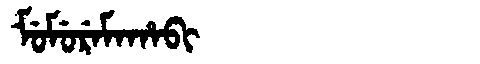
Manchu: ᠮᡠᠮᡠᡵᡝᠮᠠᡥᠠᠪᡳ
Romanization: MUMUREMAHABI